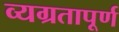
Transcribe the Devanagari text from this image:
व्यग्रतापूर्ण